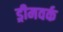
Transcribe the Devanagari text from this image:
ड्रीमवर्क